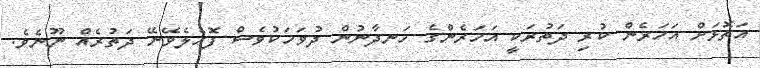
އަތޮޅަށް އަހަރެން ކުރި ދަތުރަކީ އަހަރެންގެ ހަނދާނުން ދުވަހަކުވެސް ފޮހެލެވޭނޭ ދަތުރެއް ނޫނެވެ.